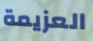
العزيمة